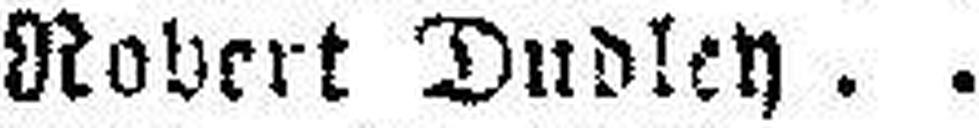
Robert Dudley Hr. Salomon.